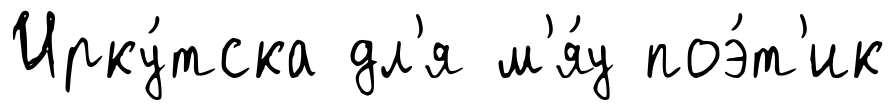
Ирку́тска дл'я м'я́у поэ́т'ик